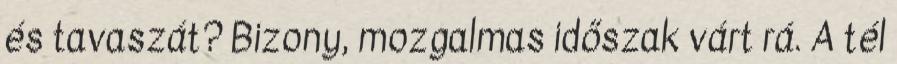
és tavaszát? Bizony, mozgalmas időszak várt rá. A tél